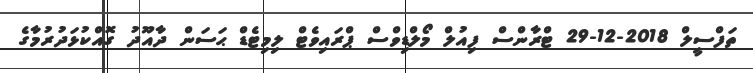
ތަފްސީލް 2018-12-29 ޓްރާންސް ފިއުލް މޯލްޑިވްސް ޕްރައިވެޓް ލިމިޓެޑް ޙަސަން ދާއޫދު ގޮއްކުޅަދުރުމާގެ